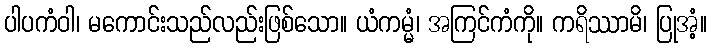
ပါပကံဝါ၊ မကောင်းသည်လည်းဖြစ်သော။ ယံကမ္မံ၊ အကြင်ကံကို။ ကရိဿာမိ၊ ပြုအံ့။